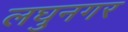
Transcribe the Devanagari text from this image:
लघुनगर